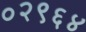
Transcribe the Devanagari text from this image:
०२९६४